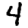
Digit: 4